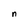
Character: n